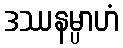
ဒဿနမ္ပာဟံ